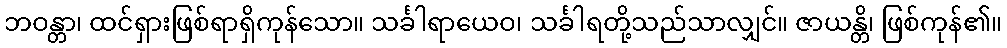
ဘဝန္တာ၊ ထင်ရှားဖြစ်ရာရှိကုန်သော။ သင်္ခါရာယေဝ၊ သင်္ခါရတို့သည်သာလျှင်။ ဇာယန္တိ၊ ဖြစ်ကုန်၏။